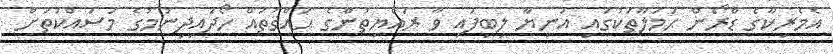
އެމެރިކާގެ ޑްރޯން ޙަމަލާތަކުގައި އަނިޔާ ލިބިފައި ވާ ރައްޔިތުންގެ ޙައްޤުތައް ހޯދައިދިނުމުގެ މަސައްކަތަށް